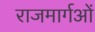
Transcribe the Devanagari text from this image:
राजमार्गओं